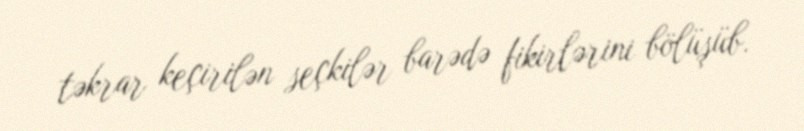
təkrar keçirilən seçkilər barədə fikirlərini bölüşüb.